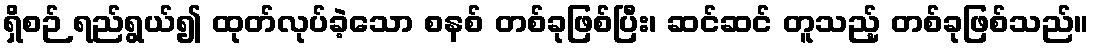
ရှိစဉ် ရည်ရွယ်၍ ထုတ်လုပ်ခဲ့သော စနစ် တစ်ခုဖြစ်ပြီး၊ ဆင်ဆင် တူသည့် တစ်ခုဖြစ်သည်။